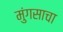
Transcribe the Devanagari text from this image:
मुंगसाचा